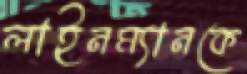
লাইনম্যানকে